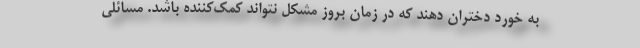
به خورد دختران دهند که در زمان بروز مشکل نتواند کمک‌کننده باشد. مسائلی